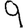
Digit: 9